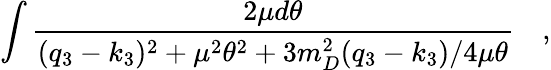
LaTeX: \int\frac{2\mu d\theta}{(q_{3}-k_{3})^{2}+\mu^{2}\theta^{2}+3m_{D}^{2}(q_{3}-k_{3})/4\mu\theta}\quad,